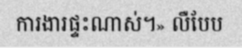
ការងារផ្ទះណាស់។» លឺបែប